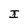
Character: I